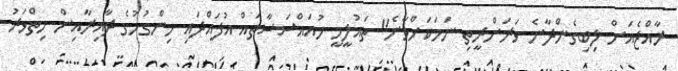
ރާއްޖެއަށް ލިބިގެންދާނެ ވަރަށްރީތި ނަމަކަށްވާނެ" ތައުލީމީ މުއައްސަސާތައް އުފައްދައި ހިންގުމުގެ ދާއިރާއިން ހިތްވަރު